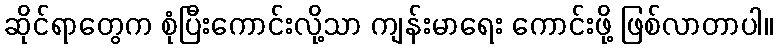
ဆိုင်ရာတွေက စုံပြီးကောင်းလို့သာ ကျန်းမာရေး ကောင်းဖို့ ဖြစ်လာတာပါ။